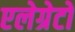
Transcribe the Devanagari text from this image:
एलेग्रेटो